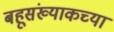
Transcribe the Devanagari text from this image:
बहूसंख्याकच्या